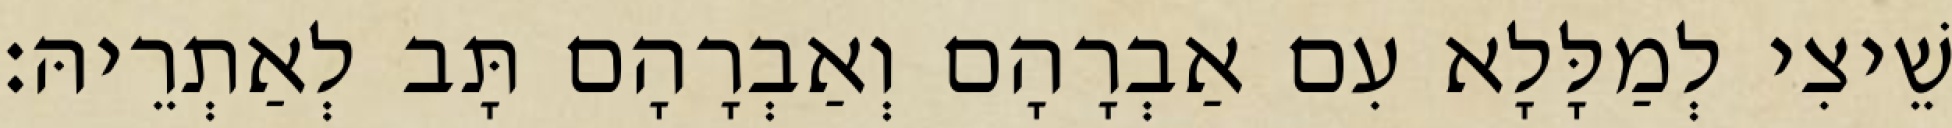
שֵׁיצִי לְמַלָּלָא עִם אַבְרָהָם וְאַבְרָהָם תָּב לְאַתְרֵיהּ׃